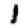
Digit: 1